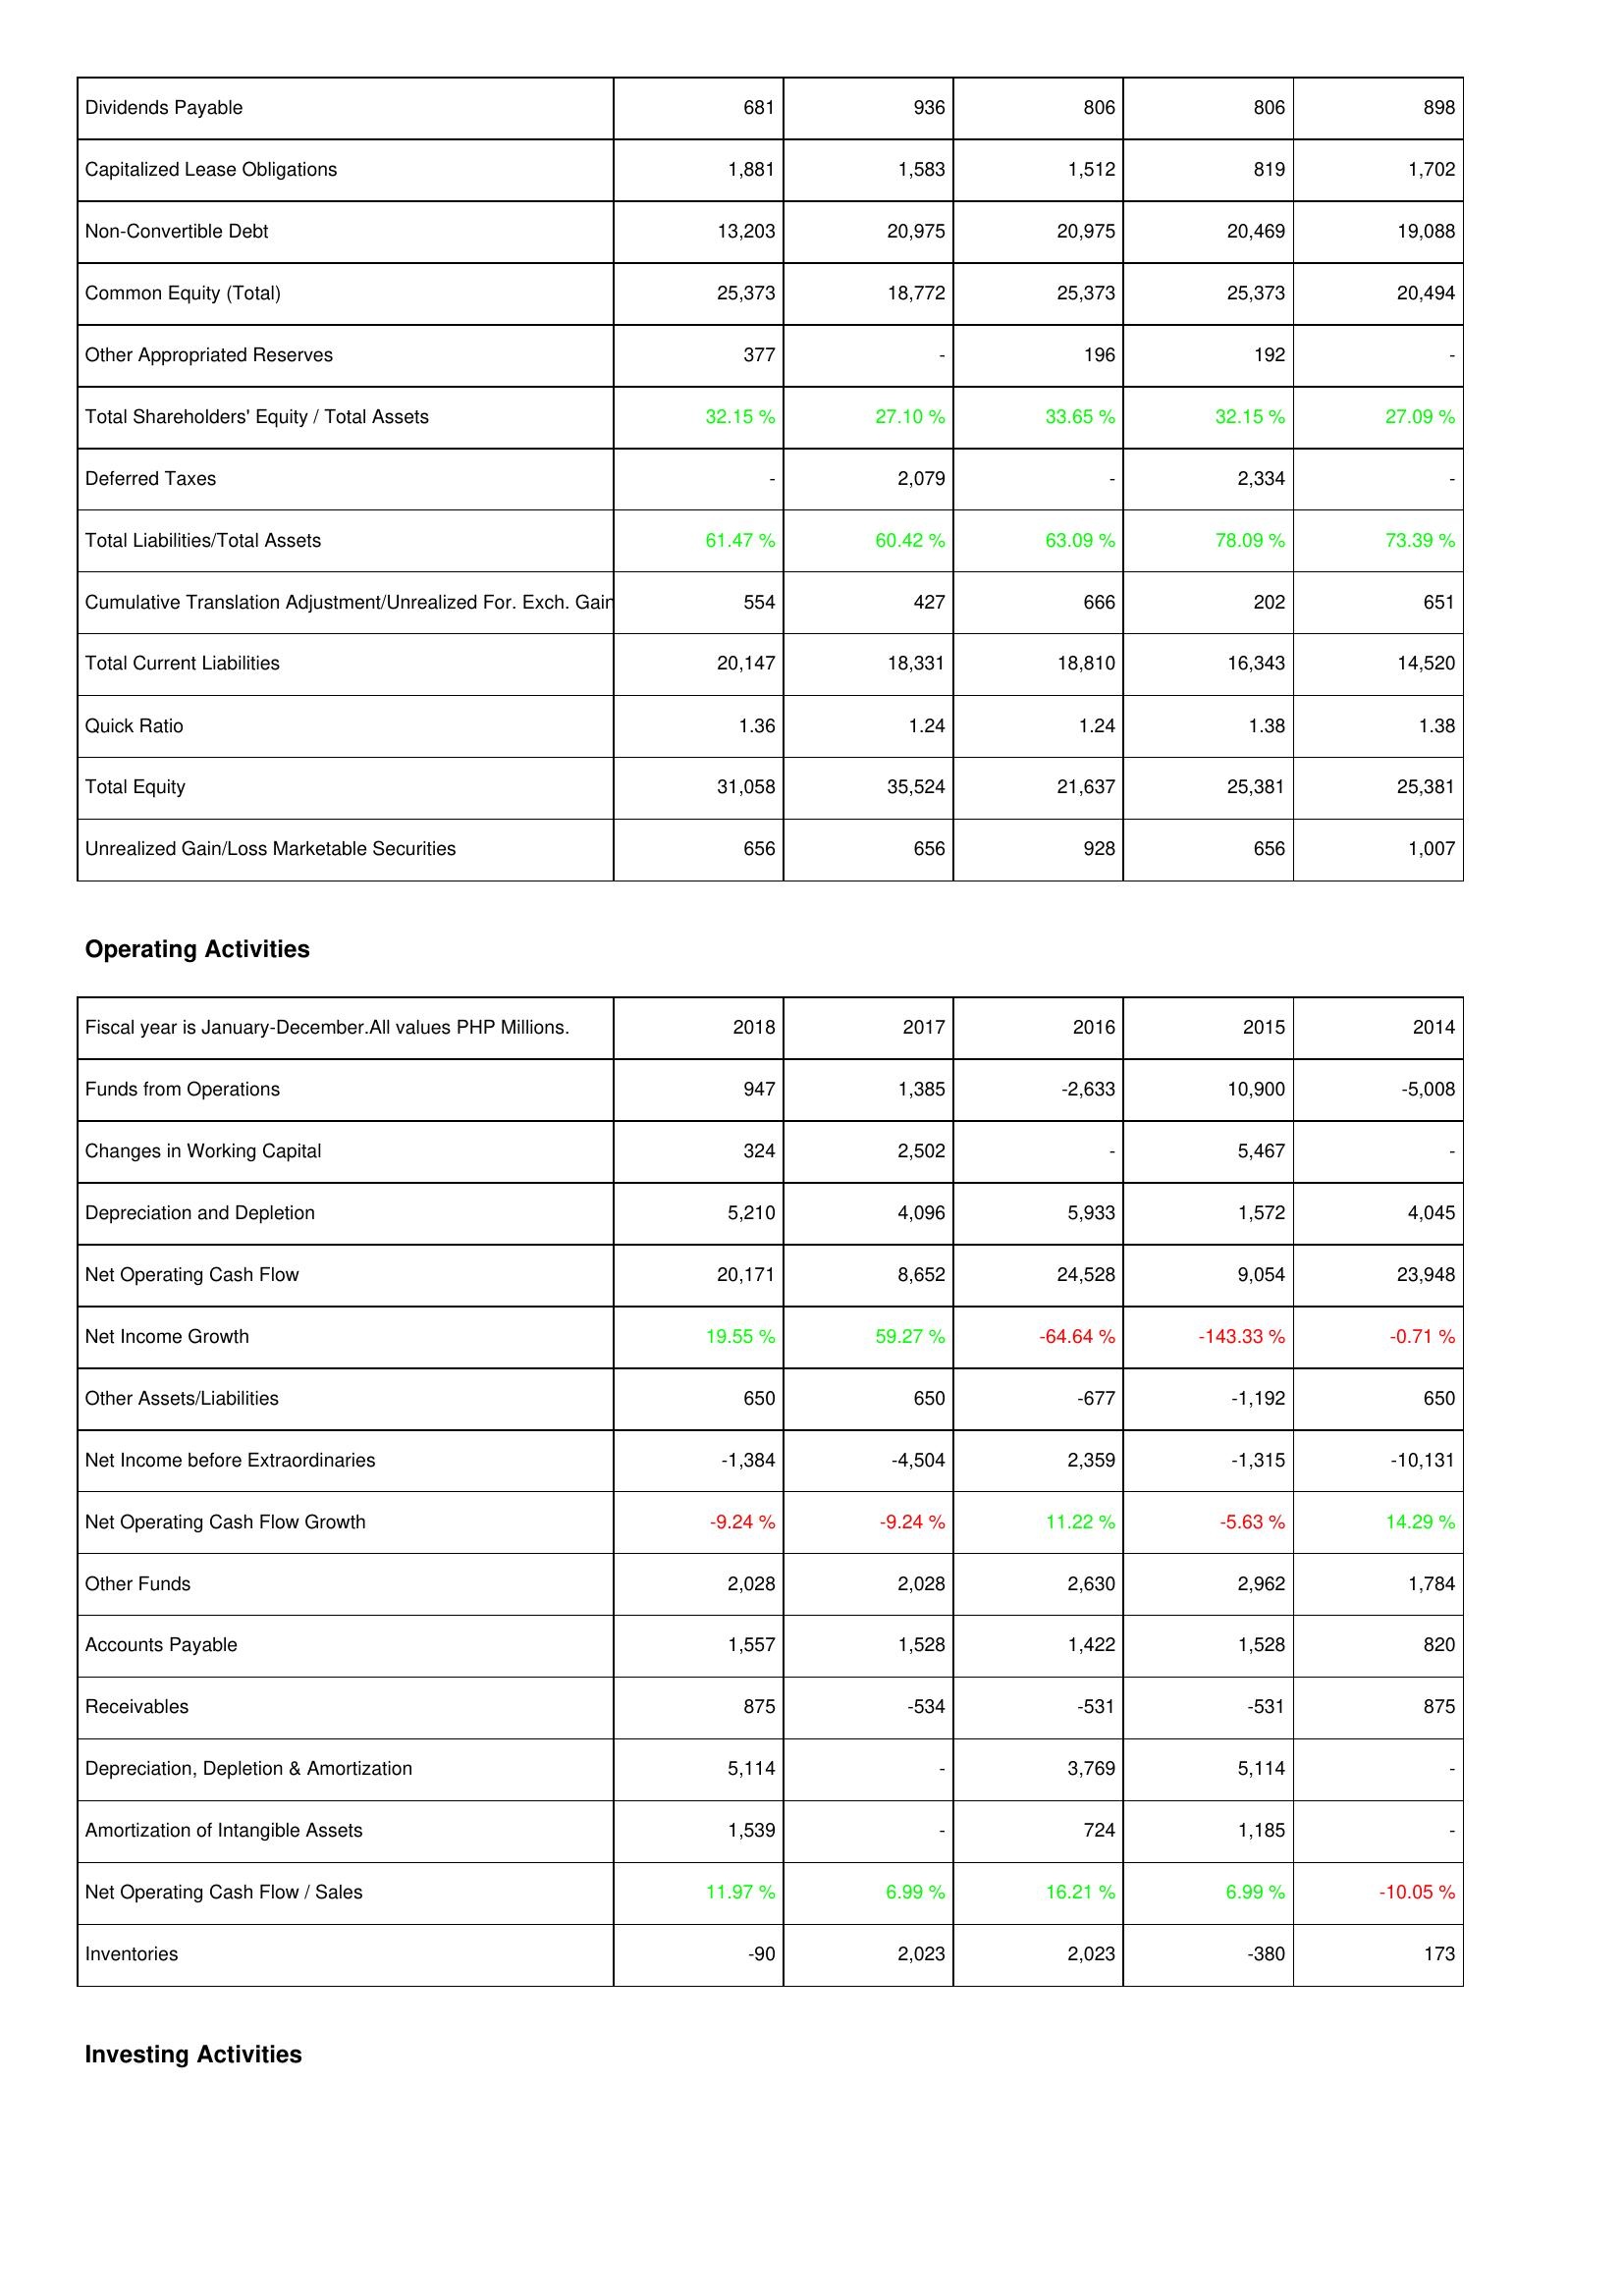
2018: Liabilities & Shareholders' Equity: Dividends Payable: 681
Capitalized Lease Obligations: 1,881
Non-Convertible Debt: 13,203
Common Equity (Total): 25,373
Other Appropriated Reserves: 377
Total Shareholders' Equity / Total Assets: 32.15 %
Deferred Taxes: -
Total Liabilities/Total Assets: 61.47 %
Cumulative Translation Adjustment/Unrealized For. Exch. Gain: 554
Total Current Liabilities: 20,147
Quick Ratio: 1.36
Total Equity: 31,058
Unrealized Gain/Loss Marketable Securities: 656
Operating Activities: Funds from Operations: 947
Changes in Working Capital: 324
Depreciation and Depletion: 5,210
Net Operating Cash Flow: 20,171
Net Income Growth: 19.55 %
Other Assets/Liabilities: 650
Net Income before Extraordinaries: -1,384
Net Operating Cash Flow Growth: -9.24 %
Other Funds: 2,028
Accounts Payable: 1,557
Receivables: 875
Depreciation, Depletion & Amortization: 5,114
Amortization of Intangible Assets: 1,539
Net Operating Cash Flow / Sales: 11.97 %
Inventories: -90
2017: Liabilities & Shareholders' Equity: Dividends Payable: 936
Capitalized Lease Obligations: 1,583
Non-Convertible Debt: 20,975
Common Equity (Total): 18,772
Other Appropriated Reserves: -
Total Shareholders' Equity / Total Assets: 27.10 %
Deferred Taxes: 2,079
Total Liabilities/Total Assets: 60.42 %
Cumulative Translation Adjustment/Unrealized For. Exch. Gain: 427
Total Current Liabilities: 18,331
Quick Ratio: 1.24
Total Equity: 35,524
Unrealized Gain/Loss Marketable Securities: 656
Operating Activities: Funds from Operations: 1,385
Changes in Working Capital: 2,502
Depreciation and Depletion: 4,096
Net Operating Cash Flow: 8,652
Net Income Growth: 59.27 %
Other Assets/Liabilities: 650
Net Income before Extraordinaries: -4,504
Net Operating Cash Flow Growth: -9.24 %
Other Funds: 2,028
Accounts Payable: 1,528
Receivables: -534
Depreciation, Depletion & Amortization: -
Amortization of Intangible Assets: -
Net Operating Cash Flow / Sales: 6.99 %
Inventories: 2,023
2016: Liabilities & Shareholders' Equity: Dividends Payable: 806
Capitalized Lease Obligations: 1,512
Non-Convertible Debt: 20,975
Common Equity (Total): 25,373
Other Appropriated Reserves: 196
Total Shareholders' Equity / Total Assets: 33.65 %
Deferred Taxes: -
Total Liabilities/Total Assets: 63.09 %
Cumulative Translation Adjustment/Unrealized For. Exch. Gain: 666
Total Current Liabilities: 18,810
Quick Ratio: 1.24
Total Equity: 21,637
Unrealized Gain/Loss Marketable Securities: 928
Operating Activities: Funds from Operations: -2,633
Changes in Working Capital: -
Depreciation and Depletion: 5,933
Net Operating Cash Flow: 24,528
Net Income Growth: -64.64 %
Other Assets/Liabilities: -677
Net Income before Extraordinaries: 2,359
Net Operating Cash Flow Growth: 11.22 %
Other Funds: 2,630
Accounts Payable: 1,422
Receivables: -531
Depreciation, Depletion & Amortization: 3,769
Amortization of Intangible Assets: 724
Net Operating Cash Flow / Sales: 16.21 %
Inventories: 2,023
2015: Liabilities & Shareholders' Equity: Dividends Payable: 806
Capitalized Lease Obligations: 819
Non-Convertible Debt: 20,469
Common Equity (Total): 25,373
Other Appropriated Reserves: 192
Total Shareholders' Equity / Total Assets: 32.15 %
Deferred Taxes: 2,334
Total Liabilities/Total Assets: 78.09 %
Cumulative Translation Adjustment/Unrealized For. Exch. Gain: 202
Total Current Liabilities: 16,343
Quick Ratio: 1.38
Total Equity: 25,381
Unrealized Gain/Loss Marketable Securities: 656
Operating Activities: Funds from Operations: 10,900
Changes in Working Capital: 5,467
Depreciation and Depletion: 1,572
Net Operating Cash Flow: 9,054
Net Income Growth: -143.33 %
Other Assets/Liabilities: -1,192
Net Income before Extraordinaries: -1,315
Net Operating Cash Flow Growth: -5.63 %
Other Funds: 2,962
Accounts Payable: 1,528
Receivables: -531
Depreciation, Depletion & Amortization: 5,114
Amortization of Intangible Assets: 1,185
Net Operating Cash Flow / Sales: 6.99 %
Inventories: -380
2014: Liabilities & Shareholders' Equity: Dividends Payable: 898
Capitalized Lease Obligations: 1,702
Non-Convertible Debt: 19,088
Common Equity (Total): 20,494
Other Appropriated Reserves: -
Total Shareholders' Equity / Total Assets: 27.09 %
Deferred Taxes: -
Total Liabilities/Total Assets: 73.39 %
Cumulative Translation Adjustment/Unrealized For. Exch. Gain: 651
Total Current Liabilities: 14,520
Quick Ratio: 1.38
Total Equity: 25,381
Unrealized Gain/Loss Marketable Securities: 1,007
Operating Activities: Funds from Operations: -5,008
Changes in Working Capital: -
Depreciation and Depletion: 4,045
Net Operating Cash Flow: 23,948
Net Income Growth: -0.71 %
Other Assets/Liabilities: 650
Net Income before Extraordinaries: -10,131
Net Operating Cash Flow Growth: 14.29 %
Other Funds: 1,784
Accounts Payable: 820
Receivables: 875
Depreciation, Depletion & Amortization: -
Amortization of Intangible Assets: -
Net Operating Cash Flow / Sales: -10.05 %
Inventories: 173